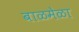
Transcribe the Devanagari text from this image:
बाळमेळा